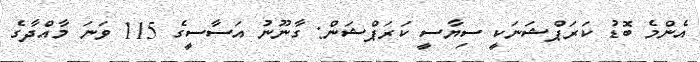
އެންމެ ބޮޑު ކަރަޕްޝަނަކީ ސިޔާސީ ކަރަޕްޝަން: ގާނޫނު އަސާސީގެ 115 ވަނަ މާއްދާގެ